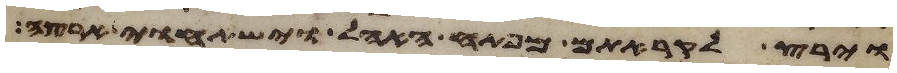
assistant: וירץ לקראתם מפתח האהל וישתחוי ארצה